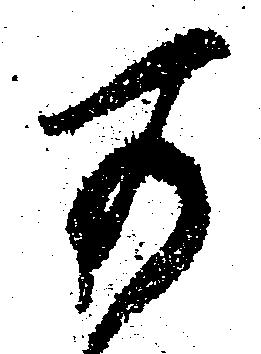
可